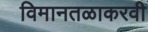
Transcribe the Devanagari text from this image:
विमानतळाकरवी